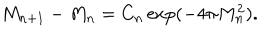
M _ { n + 1 } - M _ { n } = C _ { n } \exp ( - 4 \pi M _ { n } ^ { 2 } ) .